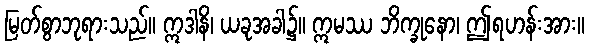
မြတ်စွာဘုရားသည်။ ဣဒါနိ၊ ယခုအခါ၌။ ဣမဿ ဘိက္ခုနော၊ ဤရဟန်းအား။